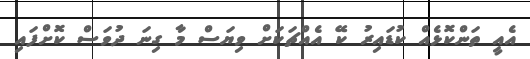
އެއީ ތަންކޮޅެއް ކުޑައިރު ކޭ އެއްޗަކަށް ވިޔަސް މާ ގިނަ ދުވަސް ކޮށްފައި